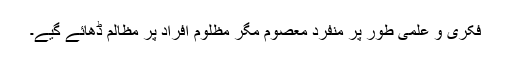
فکری و علمی طور پر منفرد معصوم مگر مظلوم افراد پر مظالم ڈھائے گیے۔